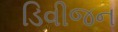
ડિવીજન